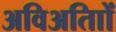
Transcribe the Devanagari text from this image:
अविअतािों